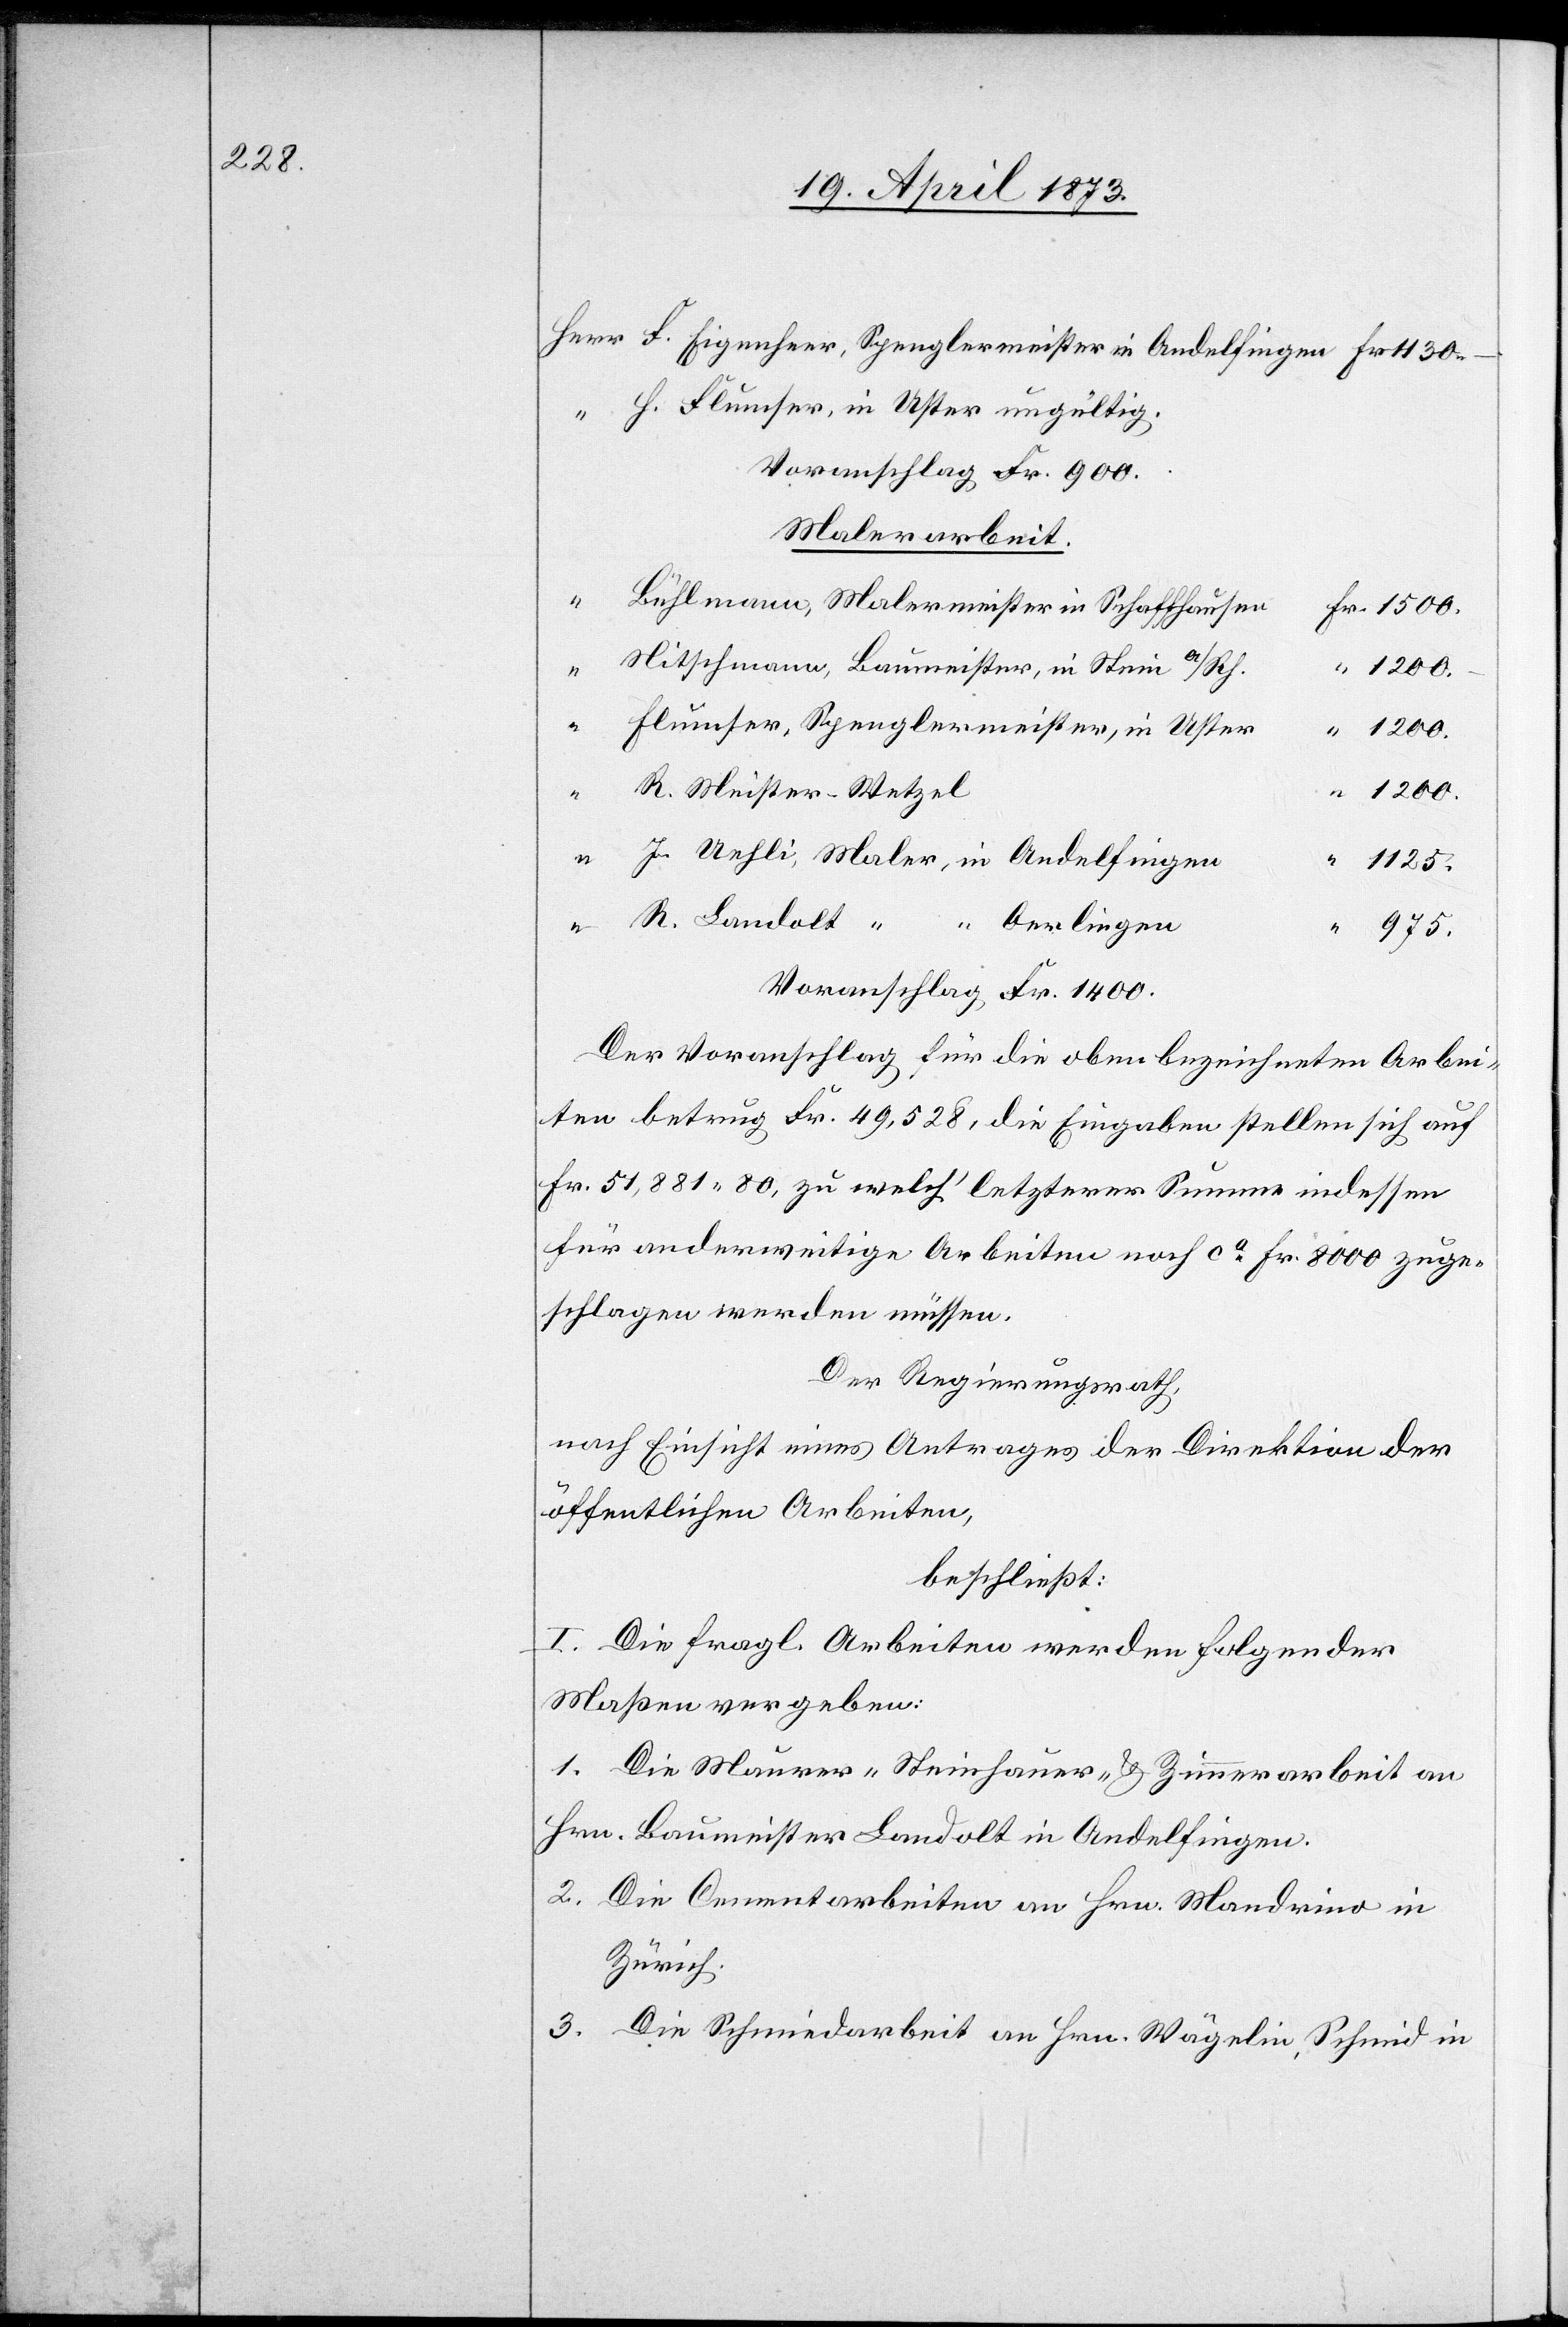
Voranschlag Fr. 900.
Malerarbeit.
1200.
J.
1200.
1200.
R. Meister-Wetzel
1125.
R. Landolt
Oerlingen
“
975.
Voranschlag Fr. 1400.
Der Voranschlag für die oben bezeichneten Arbei¬
ten betrug Fr. 49,528, die Eingaben stellen sich auf
Fr. 51,881 80, zu welch’ letzterer Summe indessen
für anderweitige Arbeiten noch ca Fr. 8000 zuge¬
schlagen werden müssen.
Der Regierungsrath,
nach Einsicht eines Antrages der Direktion der
öffentlichen Arbeiten,
beschließt:
I. Die fragl. Arbeiten werden folgender
Maßen vergeben:
1. Die Maurer- Steinhauer- & Zimmerarbeit an
Hrn. Baumeister Landolt in Andelfingen.
2. Die Cementarbeiten an Hrn. Mandrino in
Zürich.
3. Die Schmiedarbeit an Hrn. Wägelin, Schmid in